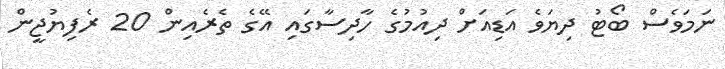
ނަމަވެސް ބޯޓު ދިޔަވެ އަޑިއަށް ދިއުމުގެ ހާދިސާގައި އޭގެ ތެރެއިން 20 ރެފިޔުޖީން